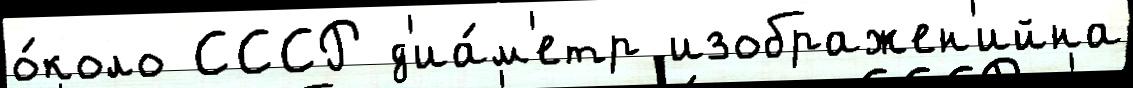
о́коло СССР д'иа́м'етр изображен'ийна